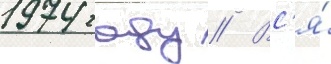
1974 году // Вс'я́